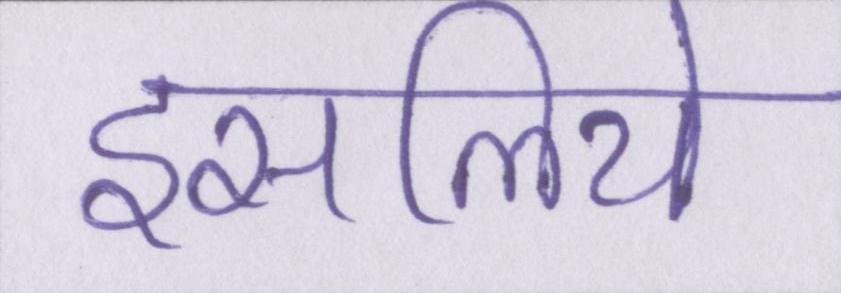
इसलिये